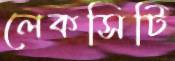
লেকসিটি